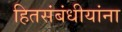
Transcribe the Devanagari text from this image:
हितसंबंधीयांना